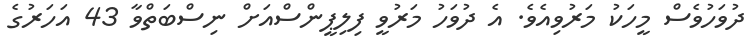
ދުވަހުވެސް މީހަކު މަރުވިއެވެ. އެ ދުވަހު މަރުވީ ފިލިޕީންސްއަށް ނިސްބަތްވާ 43 އަހަރުގެ